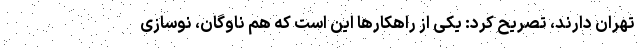
تهران دارند، تصریح کرد: یکی از راهکارها این است که هم ناوگان، نوسازی